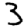
Digit: 3